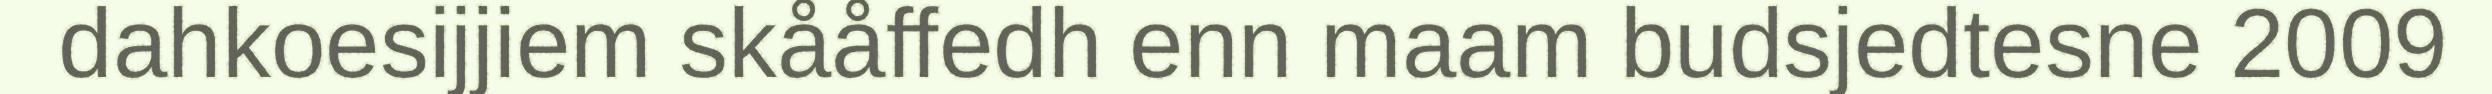
dahkoesijjiem skååffedh enn maam budsjedtesne 2009